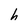
Character: h